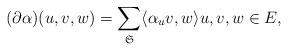
LaTeX: \begin{align*} (\partial \alpha ) (u,v,w) = \sum_{\mathfrak{S}} \langle \alpha_uv,w\rangle u,v,w\in E, \end{align*}